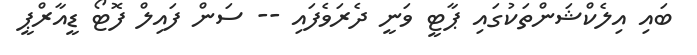
ބައި އިލެކްޝަންތަކުގައި ޕާޓީ ވަނީ ދެރަވެފައި -- ސަން ފައިލް ފޮޓޯ ޑީއާރްޕީ